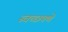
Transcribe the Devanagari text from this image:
स्वच्छपणे